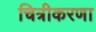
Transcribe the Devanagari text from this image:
चित्रीकरणा